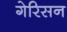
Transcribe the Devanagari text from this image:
गेरिसन